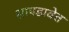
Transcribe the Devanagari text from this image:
सापडावेत